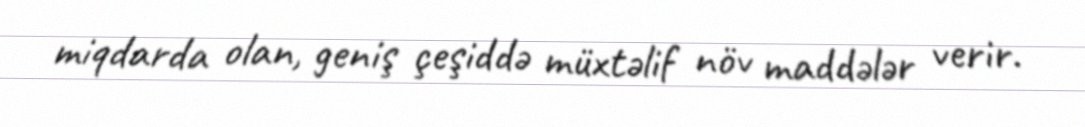
miqdarda olan, geniş çeşiddə müxtəlif növ maddələr verir.